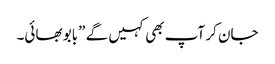
جان کر آپ بھی کہیں گے ”بابو بھائی۔